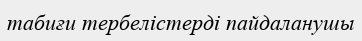
табиғи тербелістерді пайдаланушы